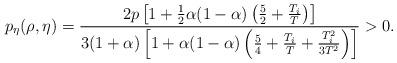
LaTeX: \begin{align*}p_\eta(\rho,\eta) = \frac{2p\left[1 + \frac{1}{2}\alpha(1 - \alpha)\left(\frac{5}{2} + \frac{T_i}{T}\right)\right]}{3(1 + \alpha)\left[ 1 + \alpha(1 - \alpha)\left(\frac{5}{4}+ \frac{T_i}{T} + \frac{T_i^2}{3T^2} \right)\right]} > 0.\end{align*}